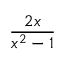
\frac { 2 x } { x ^ { 2 } - 1 }